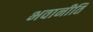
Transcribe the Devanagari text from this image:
भवानीति